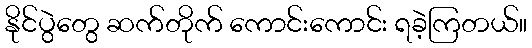
နိုင်ပွဲတွေ ဆက်တိုက် ကောင်းကောင်း ရခဲ့ကြတယ်။